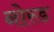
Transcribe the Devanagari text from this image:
नोस्ड